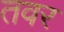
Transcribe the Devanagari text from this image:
तवर